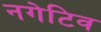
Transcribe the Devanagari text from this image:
नगेटिव